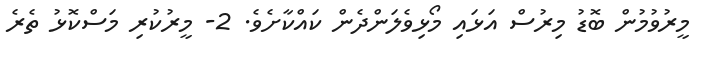
މީރުވުމުން ބޮޑު މިރުސް އަޅައި މޯޅިވެލަންދެން ކައްކާށެވެ. 2- މީރުކުރި މަސްކޮޅު ތެރެ